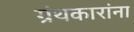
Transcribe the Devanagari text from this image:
ग्रंथकारांना